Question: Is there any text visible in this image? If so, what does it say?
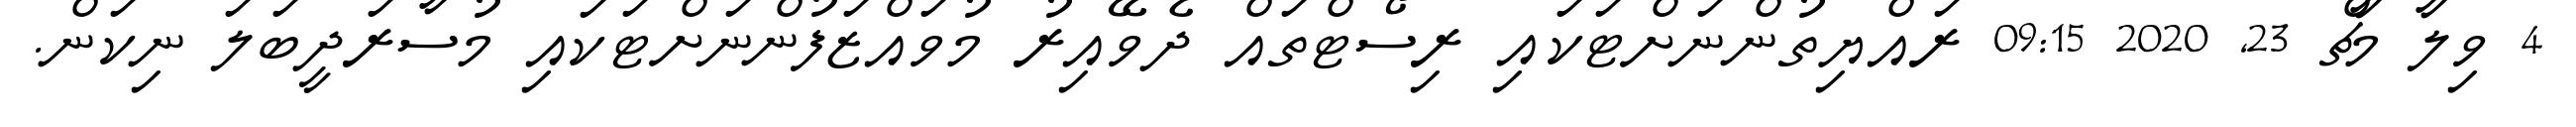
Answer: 4 ވިލާ މާޗް 23, 2020 09:15 ރައްޔިތުންނަށްޓަކައި ރިސޯޓްތައް ދެވޭއިރު މުވައްޒަފުންނަށްޓަކައި މުސާރަދީބަލަ ނިކަން.